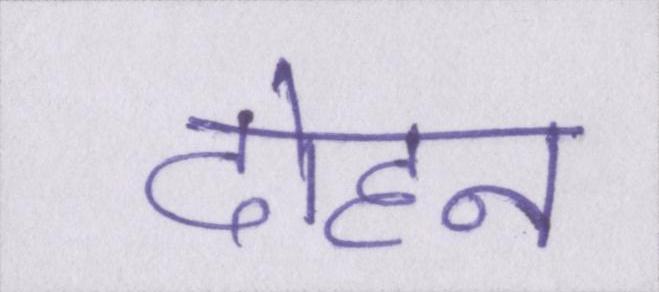
दोहन